Civil Veterinary Department Bihar reports 1940-50 - 1940-1950
Year: 1940
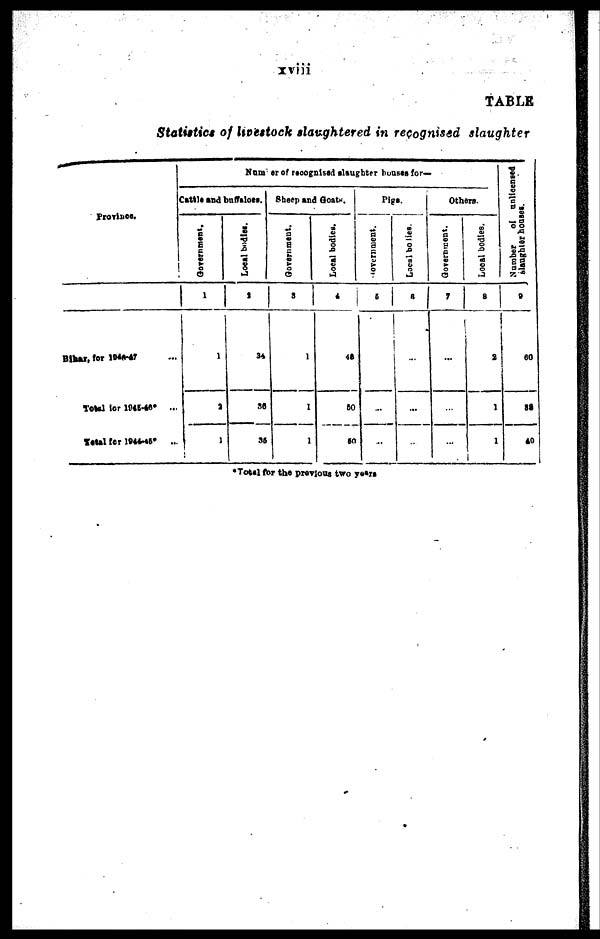
TABLE
Statistics of livestock slaughtered in recognised slaughter
Province.
Bihar, for 1946-47 ...
Total for 1945-46 ...
Total for 1944-45* ...
Namber of recognised daughter houses for—
Cattle and buffaloes.
Government,
1
1
3
1
Local bodies.
2
34
36
35
Sheep and Goats.
Government.
3
1
1
1
Local bodies.
4
48
60
50
Pigs.
Government.
5
...
...
...
Local bodies.
6
...
...
...
Others.
Government.
7
...
...
...
Local bodies.
8
2
1
1
Number of unlicened
slaughter hous es .
9
60
89
40
*Total for the previous two years